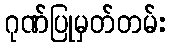
ဂုဏ်ပြုမှတ်တမ်း